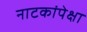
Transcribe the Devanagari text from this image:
नाटकांपेक्षा